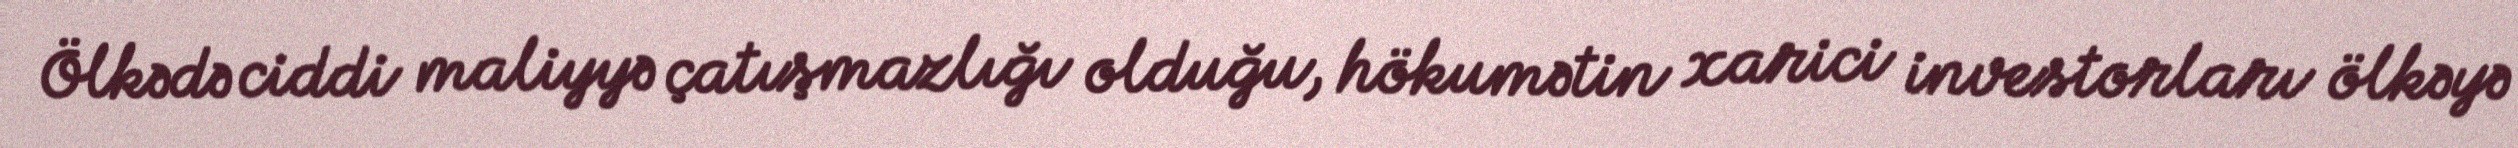
Ölkədə ciddi maliyyə çatışmazlığı olduğu, hökumətin xarici investorları ölkəyə